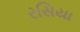
રસિયા